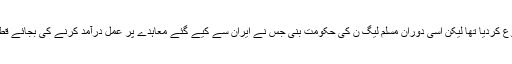
پاکستان نے بھی اس پر کام تو شروع کردیا تھا لیکن اسی دوران مسلم لیگ ن کی حکومت بنی جس نے ایران سے کیے گئے معاہدے پر عمل درآمد کرنے کی بجائے قطر سے ایل این جی کا معاہدہ کر لیا۔